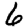
Digit: 6